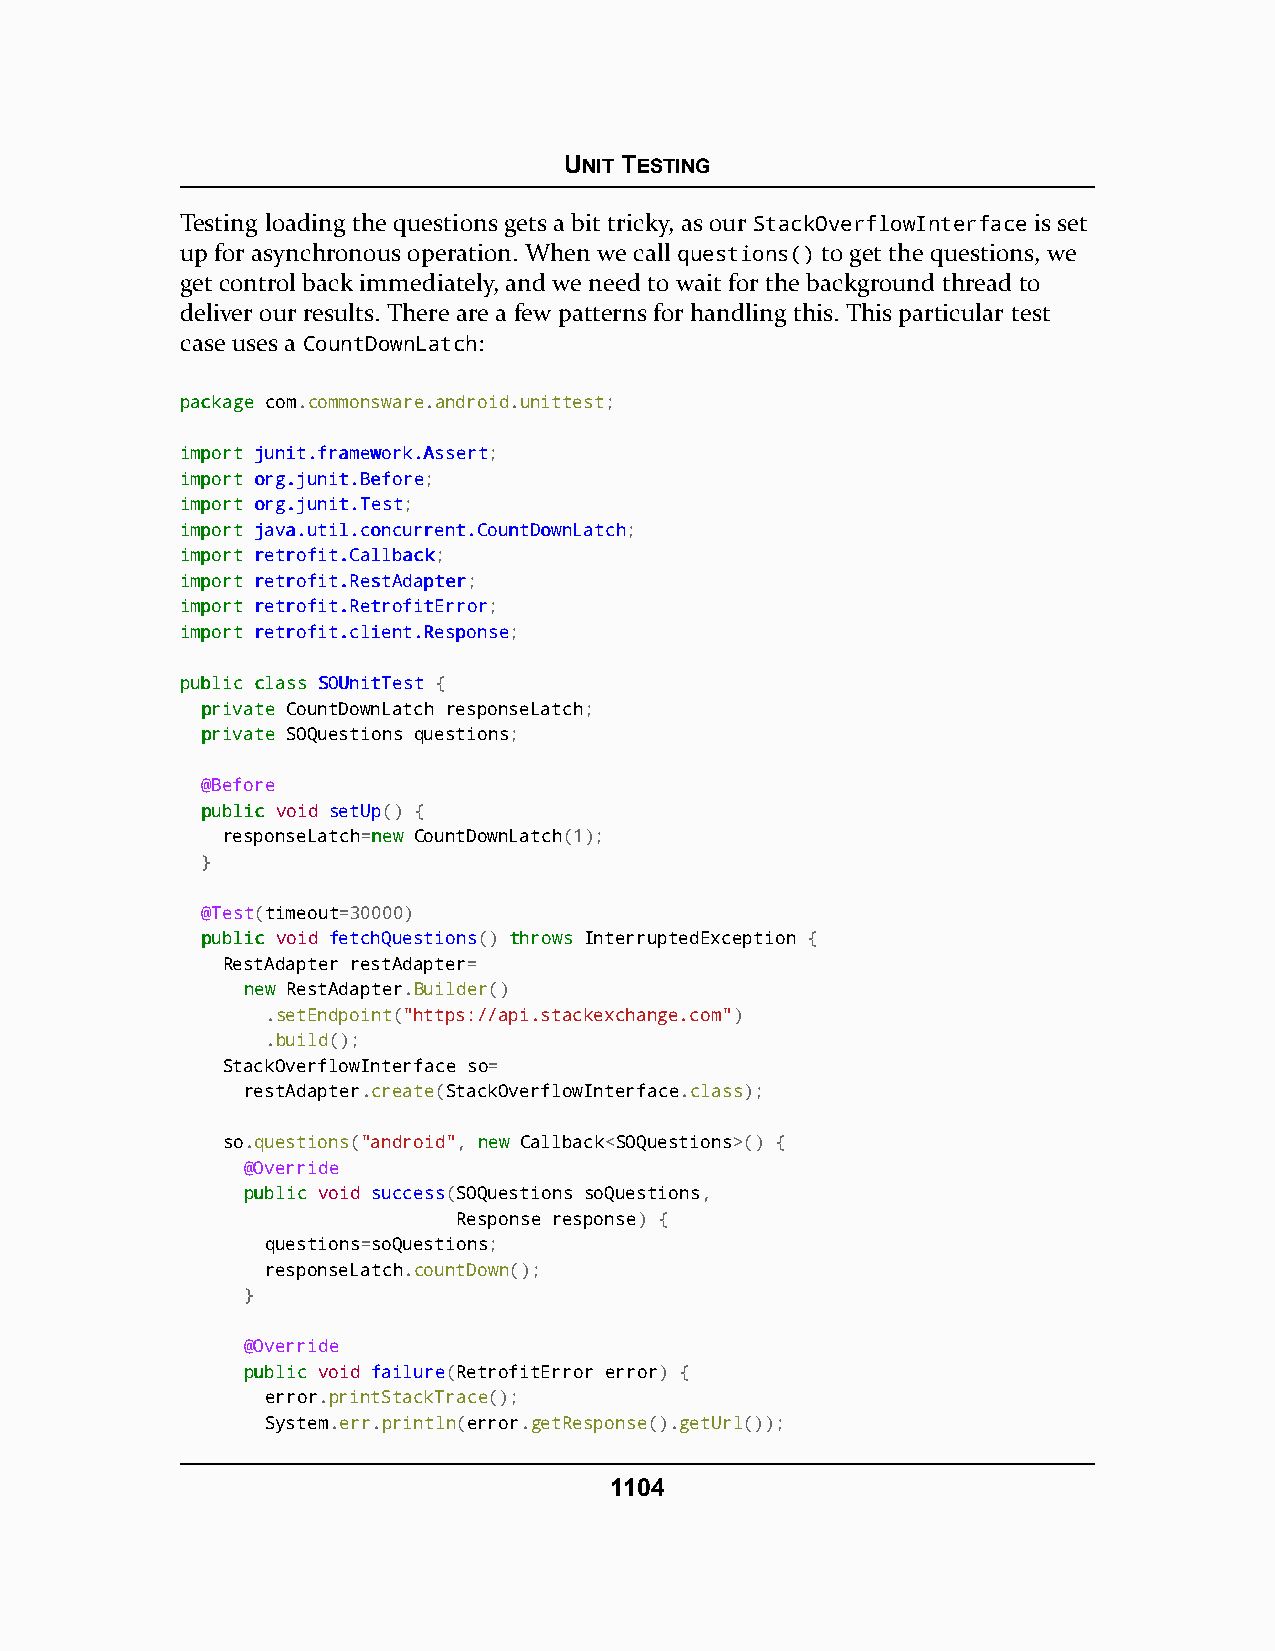
UNIT TESTING
 Testing loading the questions gets a bit tricky, as our StackOverflowInterface is set
 up for asynchronous operation. When we call questions() to get the questions, we
 get control back immediately, and we need to wait for the background thread to
 deliver our results. There are a few patterns for handling this. This particular test
 case uses a CountDownLatch:
 ppaacckkaaggee com.commonsware.android.unittest;
 iimmppoorrtt jjuunniitt..ffrraammeewwoorrkk..AAsssseerrtt;
 iimmppoorrtt oorrgg..jjuunniitt..BBeeffoorree;
 iimmppoorrtt oorrgg..jjuunniitt..TTeesstt;
 iimmppoorrtt jjaavvaa..uuttiill..ccoonnccuurrrreenntt..CCoouunnttDDoowwnnLLaattcchh;
 iimmppoorrtt rreettrrooffiitt..CCaallllbbaacckk;
 iimmppoorrtt rreettrrooffiitt..RReessttAAddaapptteerr;
 iimmppoorrtt rreettrrooffiitt..RReettrrooffiittEErrrroorr;
 iimmppoorrtt rreettrrooffiitt..cclliieenntt..RReessppoonnssee;
 ppuubblliicc ccllaassss SSOOUUnniittTTeesstt {
 pprriivvaattee CountDownLatch responseLatch;
 pprriivvaattee SOQuestions questions;
 @Before
 ppuubblliicc void setUp() {
 responseLatch=nneeww CountDownLatch(1);
 }
 @Test(timeout=30000)
 ppuubblliicc void fetchQuestions() tthhrroowwss InterruptedException {
 RestAdapter restAdapter=
 nneeww RestAdapter.Builder()
 .setEndpoint("https://api.stackexchange.com")
 .build();
 StackOverflowInterface so=
 restAdapter.create(StackOverflowInterface.class);
 so.questions("android", nneeww Callback<SOQuestions>() {
 @Override
 ppuubblliicc void success(SOQuestions soQuestions,
 Response response) {
 questions=soQuestions;
 responseLatch.countDown();
 }
 @Override
 ppuubblliicc void failure(RetrofitError error) {
 error.printStackTrace();
 System.err.println(error.getResponse().getUrl());
 1104